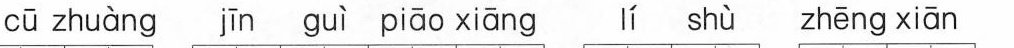
cū zhuàng jīn guì piāo xiāng lí shù zhēng xiān